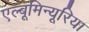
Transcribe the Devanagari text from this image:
एल्बूमिन्यूरिया